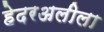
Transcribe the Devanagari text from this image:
हेदरअलीला